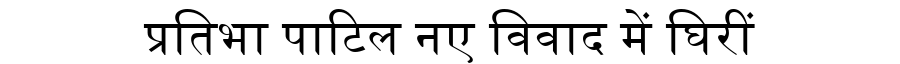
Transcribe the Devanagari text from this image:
प्रतिभा पाटिल नए विवाद में घिरीं